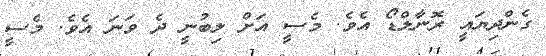
ގެންދިޔައީ ރޮނާލްޑޯ އެވެ. މެސީ އަށް ލިބުނީ ދެ ވަނަ އެވެ. މެސީ